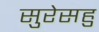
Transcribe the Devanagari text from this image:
सुरेसहु